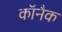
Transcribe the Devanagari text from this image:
कॉनैक